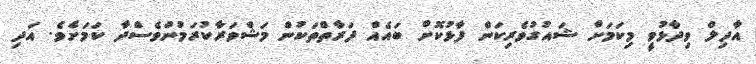
އާދިލް ވިދާޅުވީ މިކަމަށް ޝައުގުވެރިކަން ފާޅުކޮށް ބައެއް ފަރާތްތަކުން މަޝްވަރާކުރަމުންވެސްދާ ކަމަށެވެ. އަދި